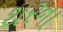
થરના